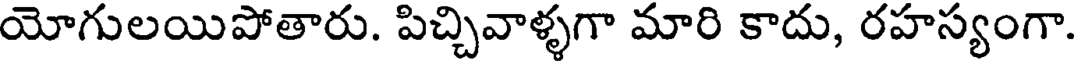
యోగులయిపోతారు. పిచ్చివాళ్ళగా మారి కాదు, రహస్యంగా.